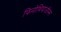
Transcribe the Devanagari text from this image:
फिनोथियाजीन्स